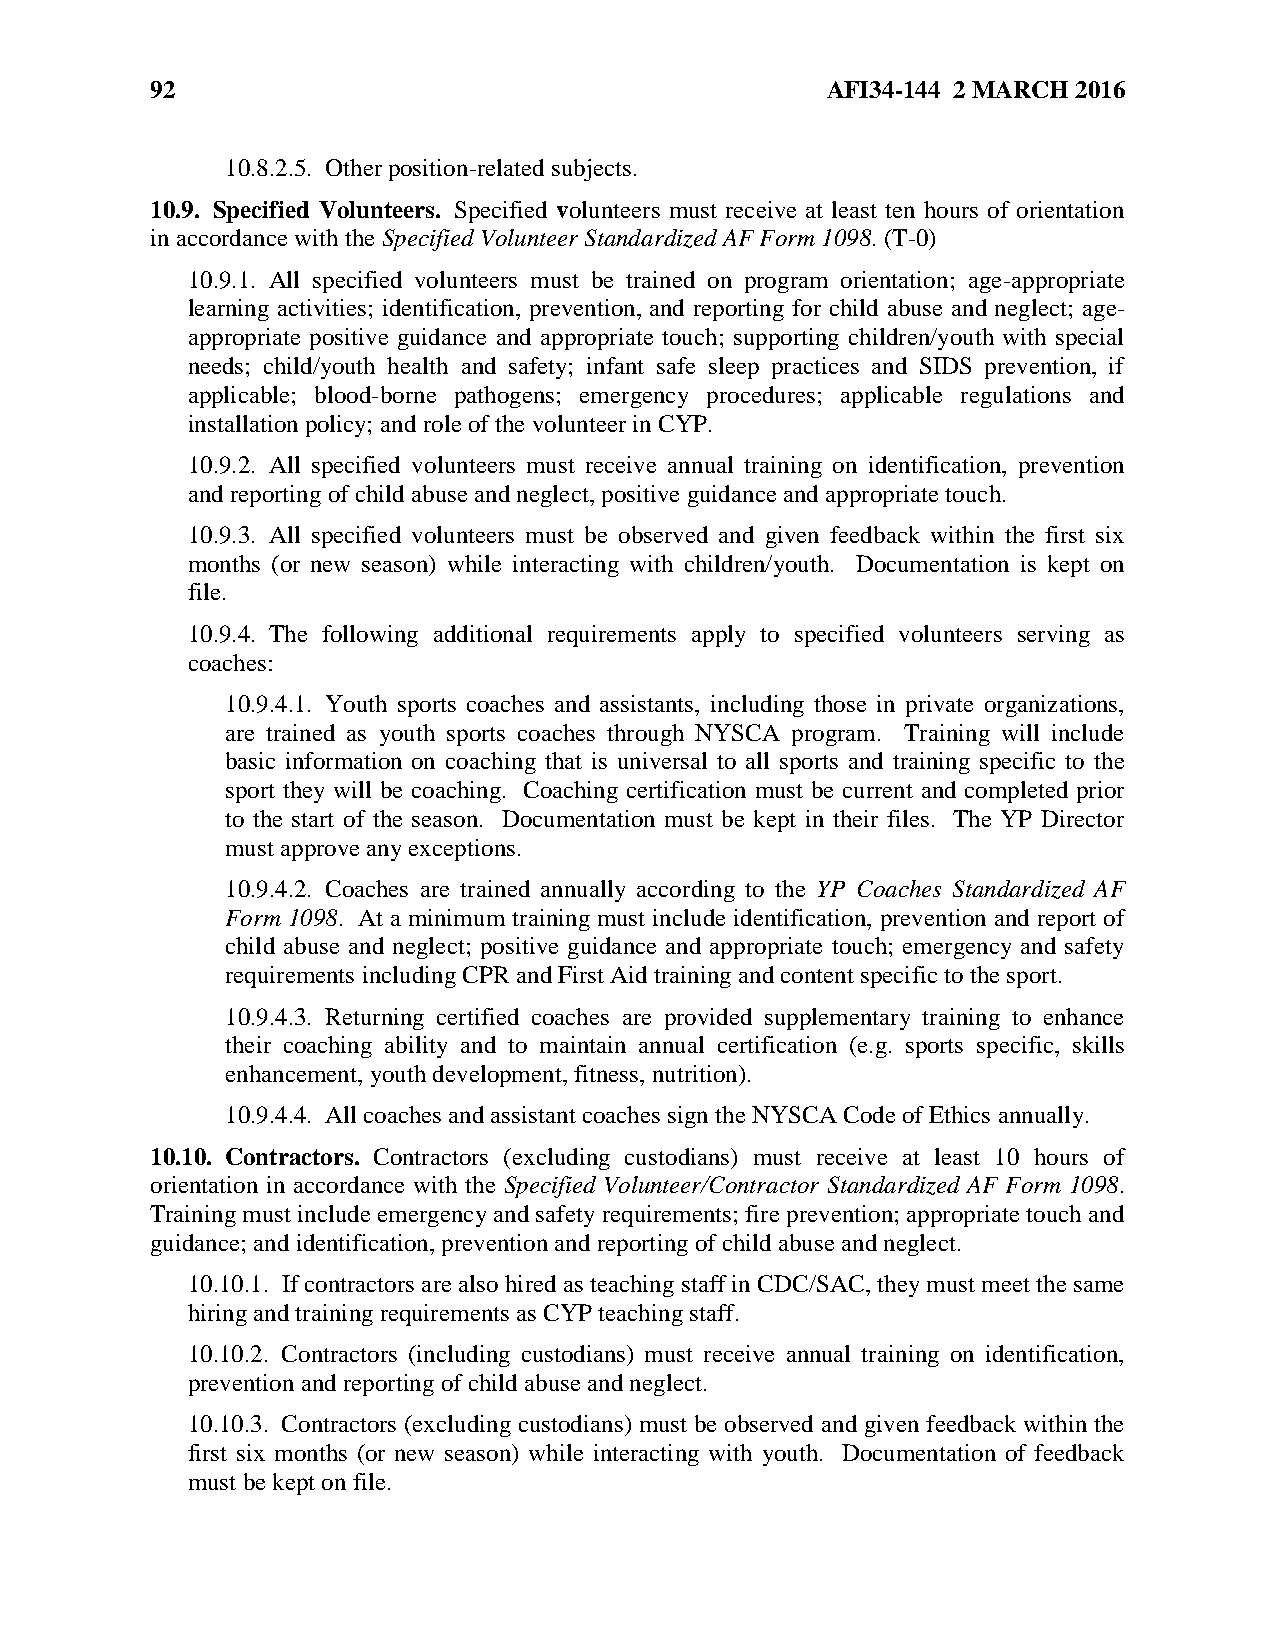
92                                           AFI34-144 2 MARCH 2016
 10.8.2.5. Other position-related subjects.
 10.9. Specified Volunteers. Specified volunteers must receive at least ten hours of orientation
 in accordance with the Specified Volunteer Standardized AF Form 1098. (T-0)
 10.9.1. All specified volunteers must be trained on program orientation; age-appropriate
 learning activities; identification, prevention, and reporting for child abuse and neglect; age-
 appropriate positive guidance and appropriate touch; supporting children/youth with special
 needs; child/youth health and safety; infant safe sleep practices and SIDS prevention, if
 applicable; blood-borne pathogens; emergency procedures; applicable regulations and
 installation policy; and role of the volunteer in CYP.
 10.9.2. All specified volunteers must receive annual training on identification, prevention
 and reporting of child abuse and neglect, positive guidance and appropriate touch.
 10.9.3. All specified volunteers must be observed and given feedback within the first six
 months (or new season) while interacting with children/youth. Documentation is kept on
 file.
 10.9.4. The following additional requirements apply to specified volunteers serving as
 coaches:
 10.9.4.1. Youth sports coaches and assistants, including those in private organizations,
 are trained as youth sports coaches through NYSCA program. Training will include
 basic information on coaching that is universal to all sports and training specific to the
 sport they will be coaching. Coaching certification must be current and completed prior
 to the start of the season. Documentation must be kept in their files. The YP Director
 must approve any exceptions.
 10.9.4.2. Coaches are trained annually according to the YP Coaches Standardized AF
 Form 1098. At a minimum training must include identification, prevention and report of
 child abuse and neglect; positive guidance and appropriate touch; emergency and safety
 requirements including CPR and First Aid training and content specific to the sport.
 10.9.4.3. Returning certified coaches are provided supplementary training to enhance
 their coaching ability and to maintain annual certification (e.g. sports specific, skills
 enhancement, youth development, fitness, nutrition).
 10.9.4.4. All coaches and assistant coaches sign the NYSCA Code of Ethics annually.
 10.10. Contractors. Contractors (excluding custodians) must receive at least 10 hours of
 orientation in accordance with the Specified Volunteer/Contractor Standardized AF Form 1098.
 Training must include emergency and safety requirements; fire prevention; appropriate touch and
 guidance; and identification, prevention and reporting of child abuse and neglect.
 10.10.1. If contractors are also hired as teaching staff in CDC/SAC, they must meet the same
 hiring and training requirements as CYP teaching staff.
 10.10.2. Contractors (including custodians) must receive annual training on identification,
 prevention and reporting of child abuse and neglect.
 10.10.3. Contractors (excluding custodians) must be observed and given feedback within the
 first six months (or new season) while interacting with youth. Documentation of feedback
 must be kept on file.